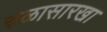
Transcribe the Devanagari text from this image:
रुळासारखा